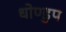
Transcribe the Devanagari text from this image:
धोण्डुप